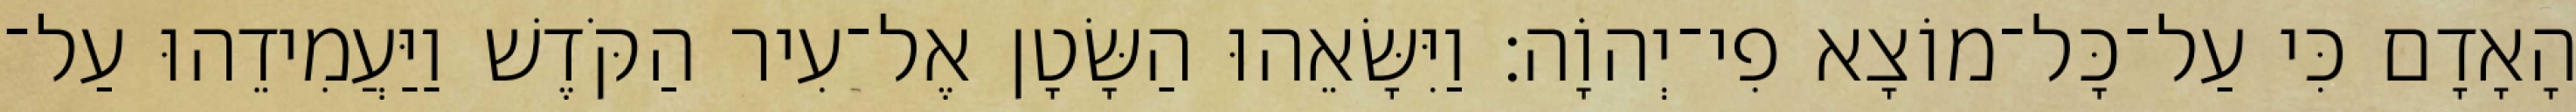
הָאָדָם כִּי עַל־כָּל־מוֹצָא פִי־יְהוָֹה׃ וַיִּשָּׂאֵהוּ הַשָּׂטָן אֶל־עִיר הַקֹּדֶשׁ וַיַּעֲמִידֵהוּ עַל־